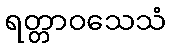
ရတ္တာဝသေသံ